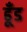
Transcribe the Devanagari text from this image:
ढूँड